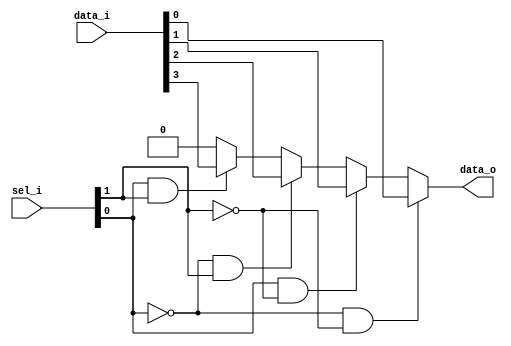
module bsg_mux_width_p1_els_p4
(
  data_i,
  sel_i,
  data_o
);

  input [3:0] data_i;
  input [1:0] sel_i;
  output [0:0] data_o;
  wire [0:0] data_o;
  wire N0,N1,N2,N3,N4,N5;
  assign data_o[0] = (N2)? data_i[0] : 
                     (N4)? data_i[1] : 
                     (N3)? data_i[2] : 
                     (N5)? data_i[3] : 1'b0;
  assign N0 = ~sel_i[0];
  assign N1 = ~sel_i[1];
  assign N2 = N0 & N1;
  assign N3 = N0 & sel_i[1];
  assign N4 = sel_i[0] & N1;
  assign N5 = sel_i[0] & sel_i[1];

endmodule